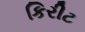
કિરીટ